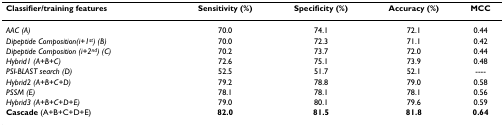
<table><thead><tr><td><b>Classifier/training features</b></td><td><b>Sensitivity (%)</b></td><td><b>Specificity (%)</b></td><td><b>Accuracy (%)</b></td><td><b>MCC</b></td></tr></thead><tbody><tr><td><i>AAC (A)</i></td><td>70.0</td><td>74.1</td><td>72.1</td><td>0.44</td></tr><tr><td><i>Dipeptide Composition(i+1<sup>st</sup>) (B)</i></td><td>70.0</td><td>72.3</td><td>71.1</td><td>0.42</td></tr><tr><td><i>Dipeptide Composition (i+2<sup>nd</sup>) (C)</i></td><td>70.2</td><td>73.7</td><td>72.0</td><td>0.44</td></tr><tr><td><i>Hybrid1 (A+B+C)</i></td><td>72.6</td><td>75.1</td><td>73.9</td><td>0.48</td></tr><tr><td><i>PSI-BLAST search (D)</i></td><td>52.5</td><td>51.7</td><td>52.1</td><td>----</td></tr><tr><td><i>Hybrid2 (A+B+C+D)</i></td><td>79.2</td><td>78.8</td><td>79.0</td><td>0.58</td></tr><tr><td><i>PSSM (E)</i></td><td>78.1</td><td>78.1</td><td>78.1</td><td>0.56</td></tr><tr><td><i>Hybrid3 (A+B+C+D+E)</i></td><td>79.0</td><td>80.1</td><td>79.6</td><td>0.59</td></tr><tr><td><b>Cascade </b>(A+B+C+D+E)</td><td><b>82.0</b></td><td><b>81.5</b></td><td><b>81.8</b></td><td><b>0.64</b></td></tr></tbody></table>